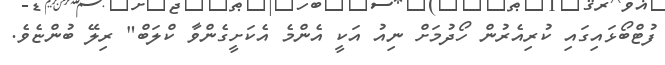
ފުޓްބޯޅައިގައި ކުރިއެރުން ހޯދުމަށް ނިއު އަކީ އެންމެ އެކަށީގެންވާ ކްލަބް" ރިލޭ ބުންޏެވެ.